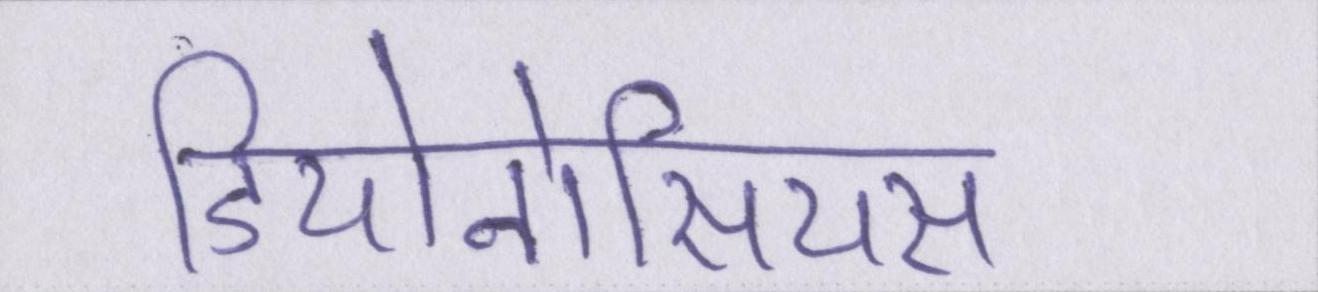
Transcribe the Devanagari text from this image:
डियोनोसियस